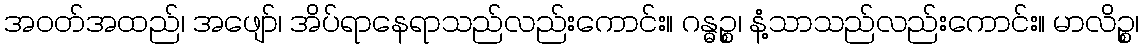
အဝတ်အထည်၊ အဖျော်၊ အိပ်ရာနေရာသည်လည်းကောင်း။ ဂန္ဓဉ္စ၊ နံ့သာသည်လည်းကောင်း။ မာလိဉ္စ၊